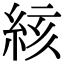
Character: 絯